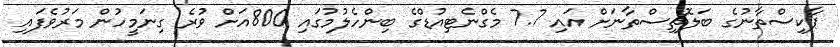
ޕާކިސްތާނުގެ ބަލޮޗިސްތާނަށް އައި 7.7 މެގްނެޓިއުޑްގެ ބިންހެލުމުގައި 800އަށް ވުރެ ގިނަމީހުން މަރުވެފައި